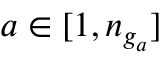
a \in [ 1 , n _ { g _ { a } } ]